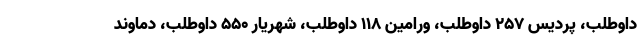
داوطلب، پردیس ۲۵۷ داوطلب، ورامین ۱۱۸ داوطلب، شهریار ۵۵۰ داوطلب، دماوند